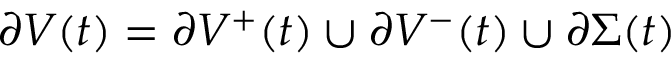
\partial V ( t ) = \partial V ^ { + } ( t ) \cup \partial V ^ { - } ( t ) \cup \partial \Sigma ( t )